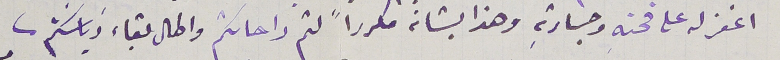
اغفر له على قحتهِ وجسارتهِ وهذا بشانه مكرراً لثم راحاتكم واطال بقاءَ رياسَتكم